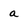
Character: a